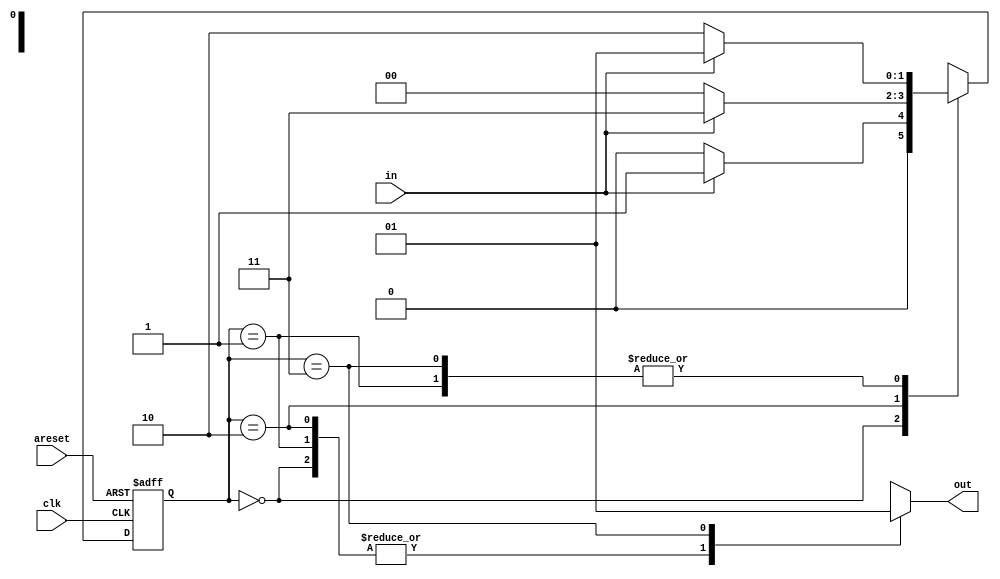
module top_module(
    input clk,
    input in,
    input areset,
    output reg out); //

// parameter
parameter A = 2'b00;
parameter B = 2'b01;
parameter C = 2'b10;
parameter D = 2'b11;

// signal declaration
reg [1:0] state;
reg [1:0] next_state;

// state flip-flops with asynchronous reset
always @(posedge clk or posedge areset)
begin
    if(areset)
        state <= A;
    else
        state <= next_state;
end

// State transition logic: next_state = f(state, in)
always @(*)
begin
    case(state)
        A :
            if(in)
                next_state = B;
            else
                next_state = A;
        B:
            if(in)
                next_state = B;
            else
                next_state = C;
        C:
            if(in)
                next_state = D;
            else
                next_state = A;
        D: 
            if(in)
                next_state = B;
            else
                next_state = C;
        default: next_state = 2'bx;
    endcase
end

// Output logic:  out = f(state) for a Moore state machine
always @(*)
begin
    case(state)
        A : out = 1'b0;
        B : out = 1'b0;
        C : out = 1'b0;
        D : out = 1'b1;
        default: out = 1'bx;
    endcase
end

endmodule